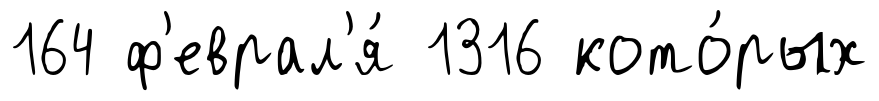
164 ф'еврал'я́ 1316 кото́рых